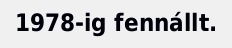
1978-ig fennállt.